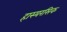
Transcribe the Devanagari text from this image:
हास्यरसिक